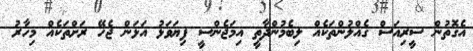
އެގޮތުން ސީރިއަސް ގެއްލުންތަކެއް ލިބެމުންދާތީ އިމަޖެންސީ ފިޔަވަޅު އަޅަން ޖެހޭ ރަށްތަކެއް މިހާރު